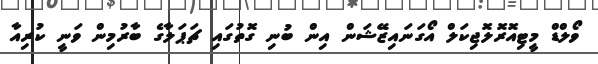
ވޯލްޑް މީޓިއޮރޮލޮޖިކަލް އޯގަނައިޒޭޝަން އިން ބުނި ގޮތުގައި ޗަޕަލާގެ ބާރުމިން ވަނީ ކުރިއާ